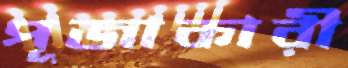
পূজাকারী